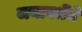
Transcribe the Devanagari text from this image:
जयावर्धेने